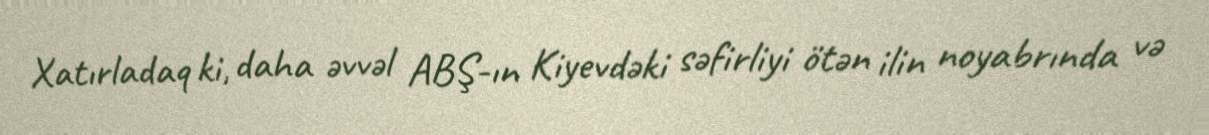
Xatırladaq ki, daha əvvəl ABŞ-ın Kiyevdəki səfirliyi ötən ilin noyabrında və